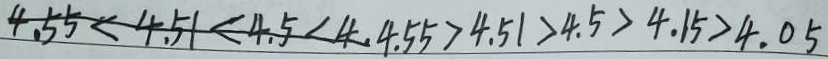
4 . 5 5 < 4 . 5 1 < 4 . 5 < 4 . 4 . 5 5 > 4 . 5 1 > 4 . 5 > 4 . 1 5 > 4 . 0 5